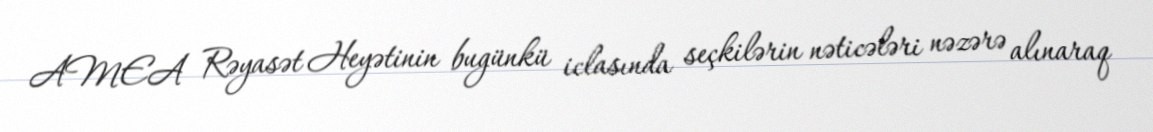
AMEA Rəyasət Heyətinin bugünkü iclasında seçkilərin nəticələri nəzərə alınaraq